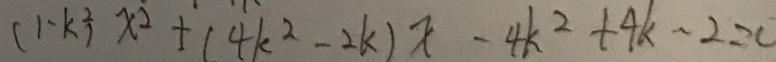
( 1 - k ^ { 2 } ) x ^ { 2 } + ( 4 k ^ { 2 } - 2 k ) x - 4 k ^ { 2 } + 4 k - 2 = 0